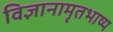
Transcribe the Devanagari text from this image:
विज्ञानामृतभाष्य